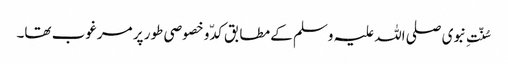
سُنّتِ نبوی صلی اللہ علیہ وسلم کے مطابق کدّ و خصوصی طور پر مرغوب تھا۔